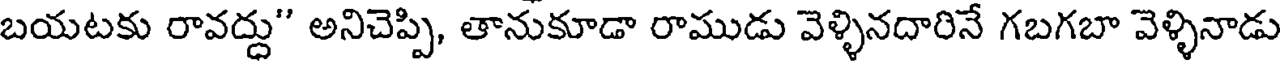
బయటకు రావద్దు" అనిచెప్పి, తానుకూడా రాముడు వెళ్ళినదారినే గబగబా వెళ్ళినాడు